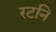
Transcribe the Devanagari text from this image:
रटनि